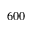
6 0 0